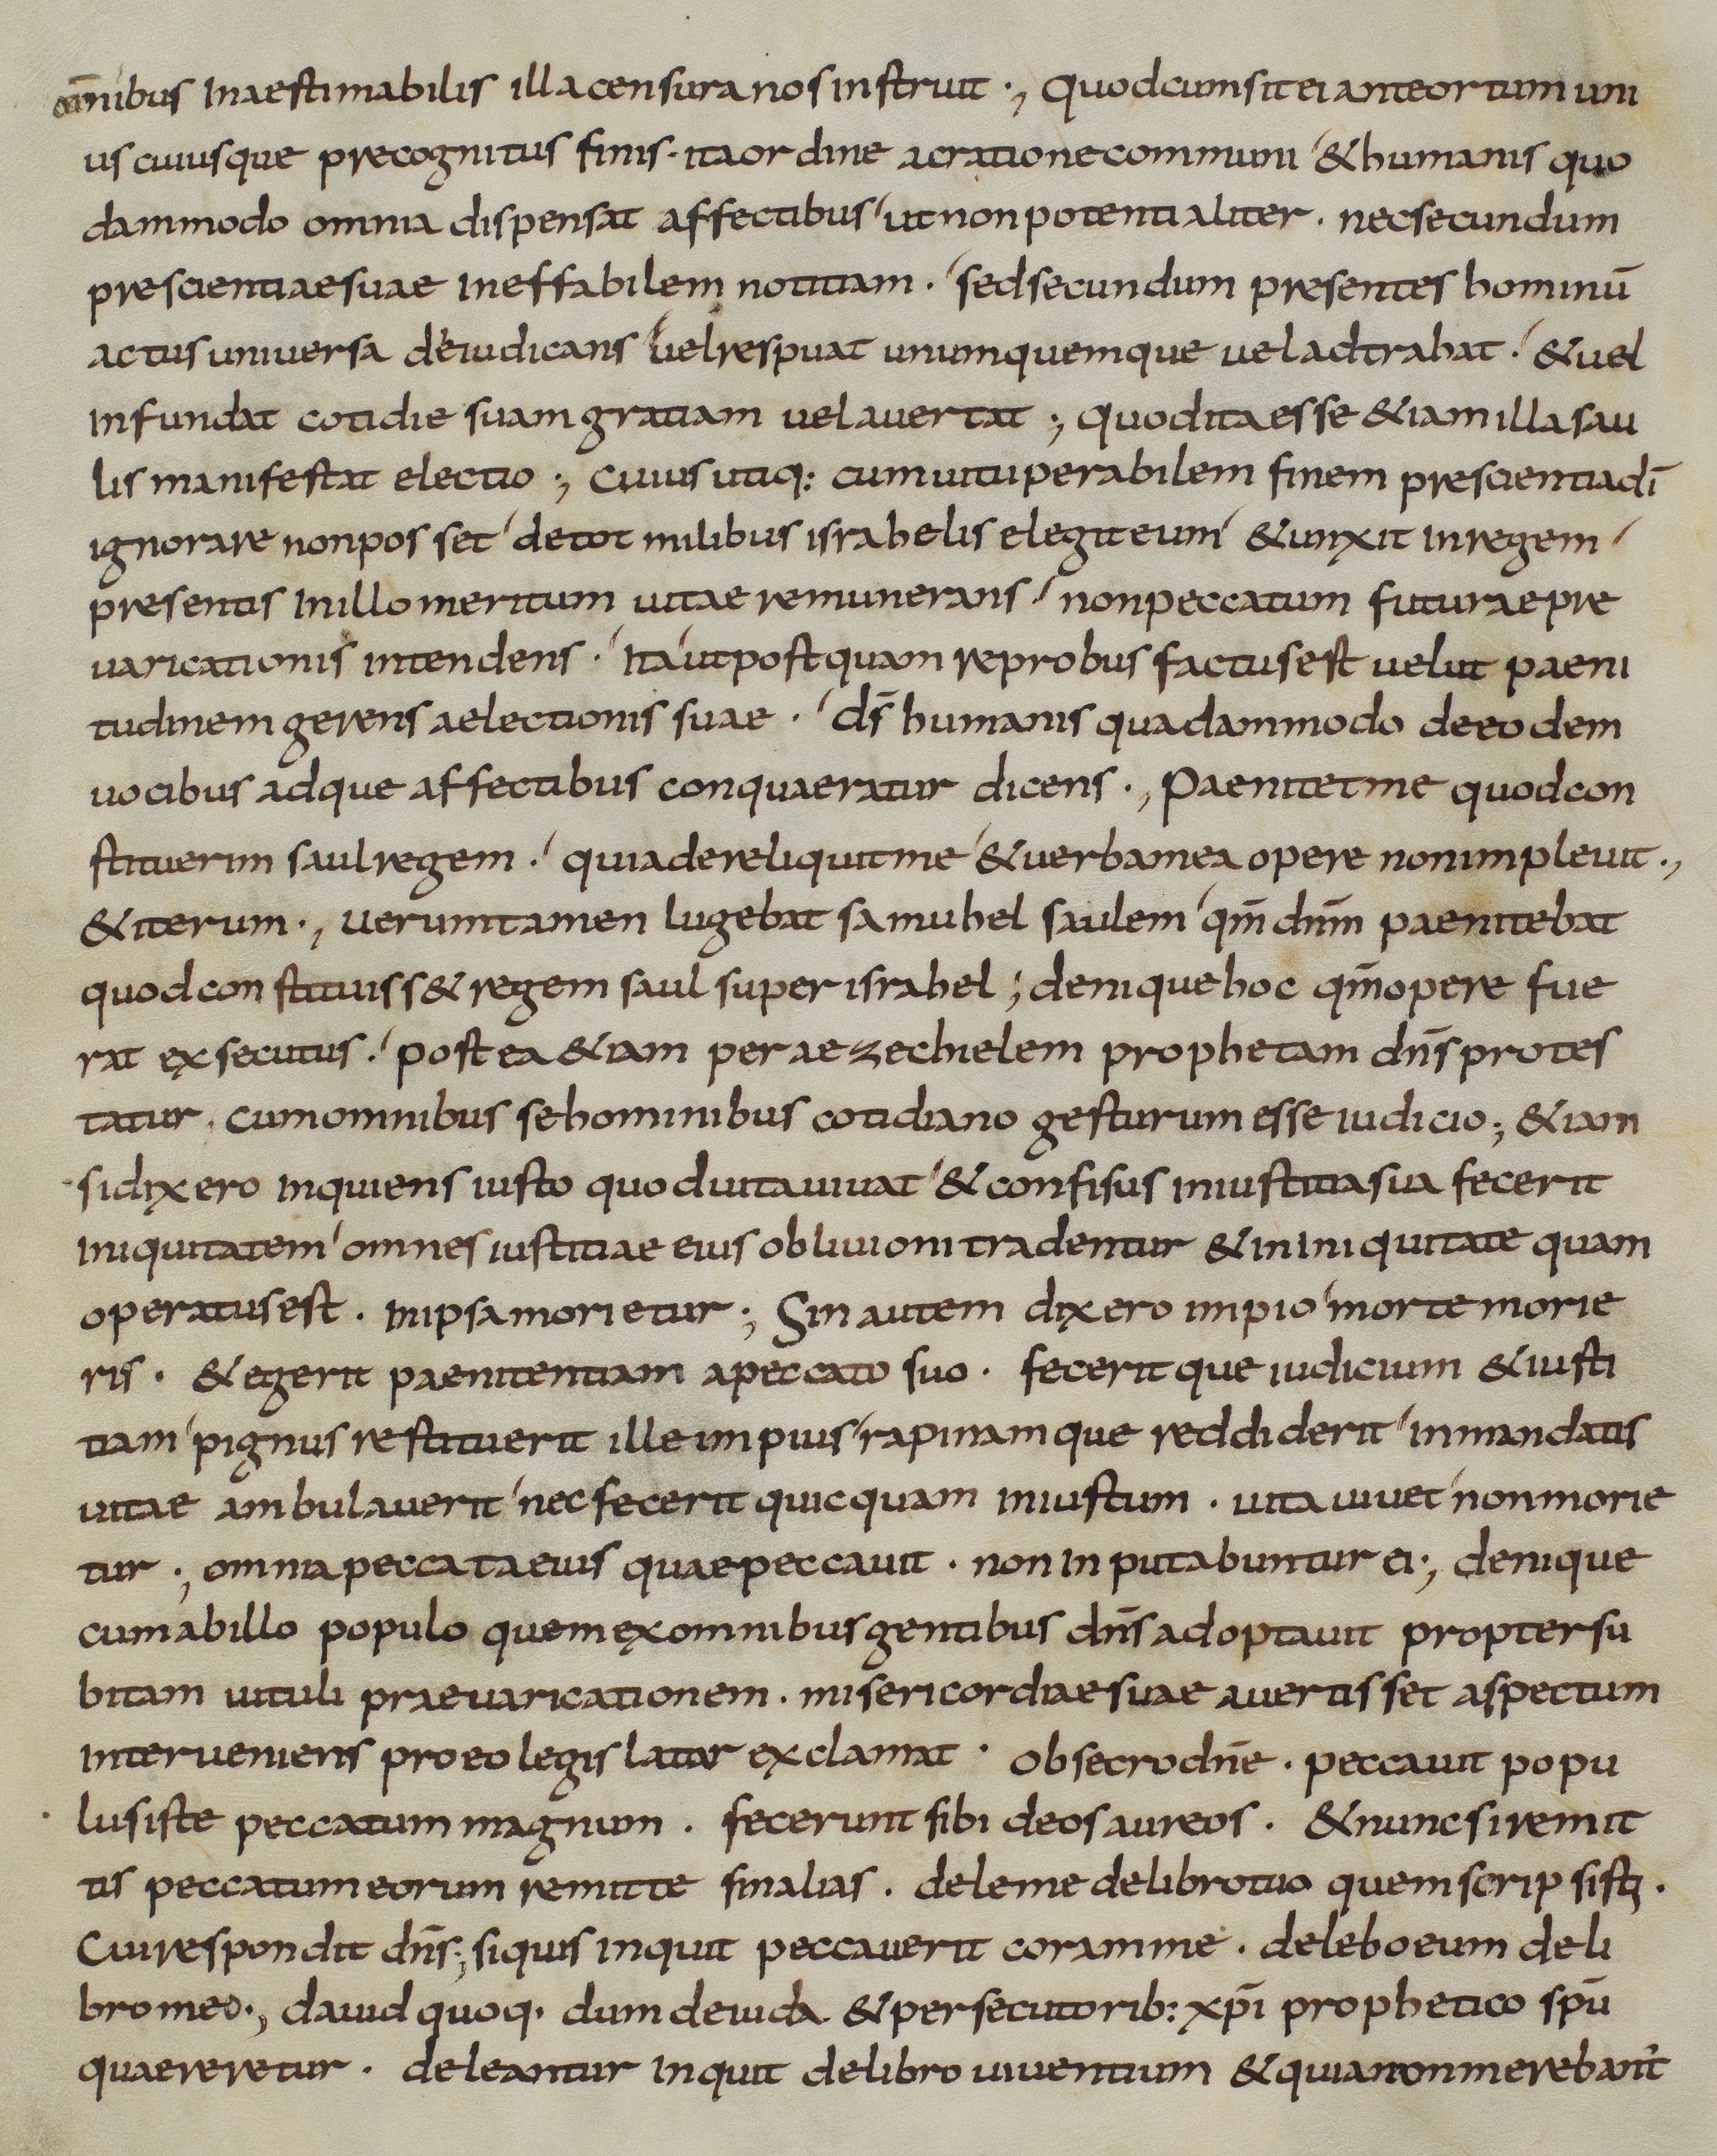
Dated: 833–865